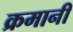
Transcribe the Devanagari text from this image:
क्रमानी